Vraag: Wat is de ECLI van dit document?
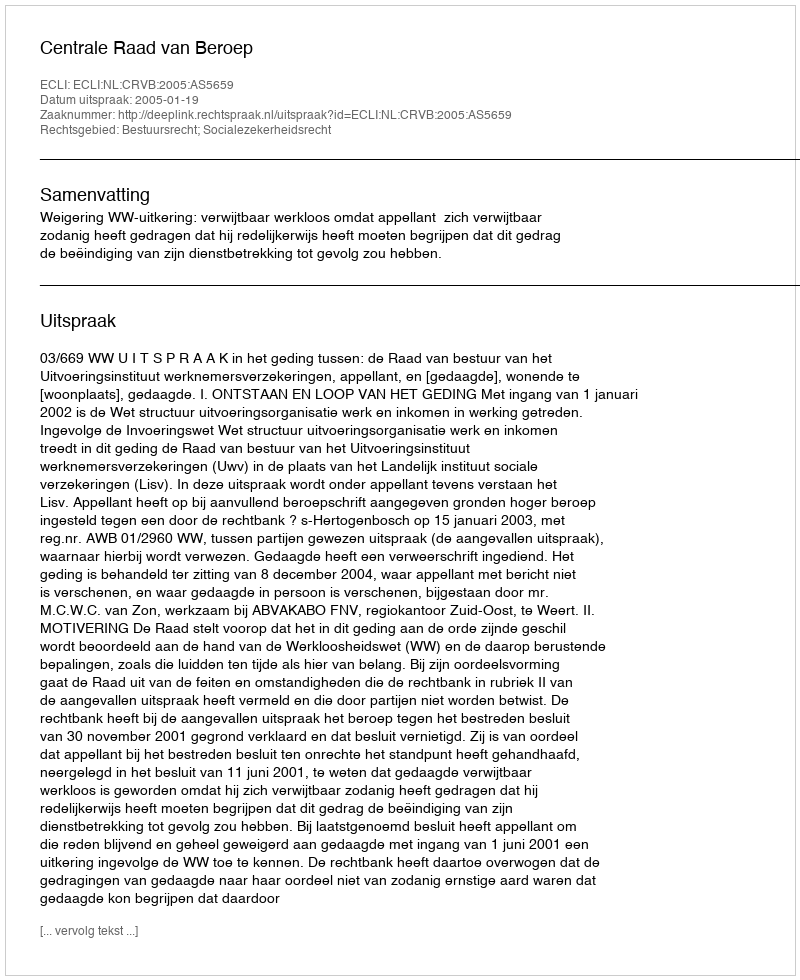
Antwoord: ECLI:NL:CRVB:2005:AS5659